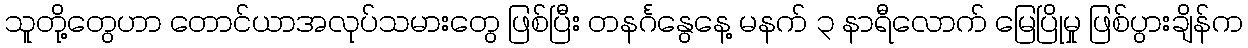
သူတို့တွေဟာ တောင်ယာအလုပ်သမားတွေ ဖြစ်ပြီး တနင်္ဂနွေနေ့ မနက် ၃ နာရီလောက် မြေပြိုမှု ဖြစ်ပွားချိန်က